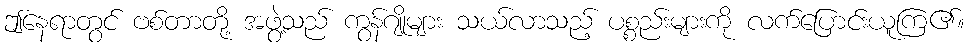
ဤနေရာတွင် ဗစ်တာတို့ အဖွဲ့သည် ကွန်ဂျိုများ သယ်လာသည့် ပစ္စည်းများကို လက်ပြောင်းယူကြ၏။